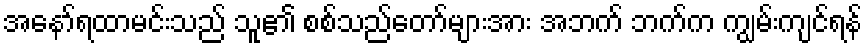
အနော်ရထာမင်းသည် သူ၏ စစ်သည်တော်များအား အဘက် ဘက်က ကျွမ်းကျင်ရန်